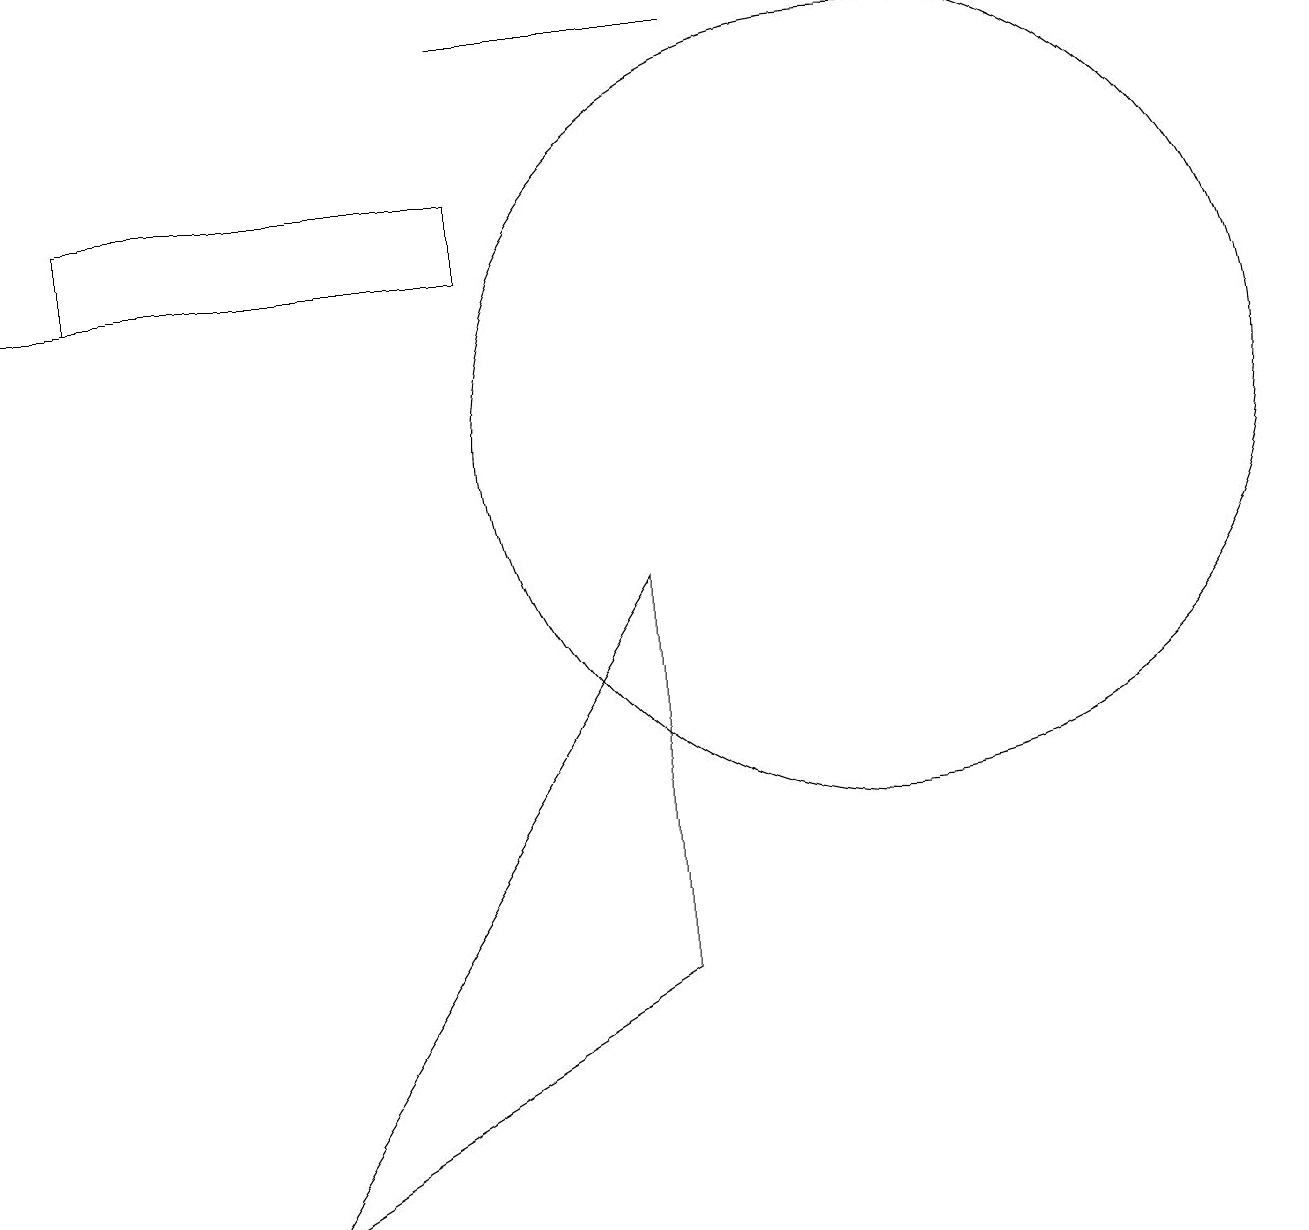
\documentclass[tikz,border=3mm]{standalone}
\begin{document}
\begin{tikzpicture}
\draw (8,4) -- (8,9) -- (3,1) -- cycle;
\draw (1,13) rectangle (6,14);
\draw[->] (6,13) -- (0,13);
\draw (11,11) circle (5);
\draw (9,16) rectangle (6,16);
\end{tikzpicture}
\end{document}